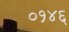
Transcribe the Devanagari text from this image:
०१४६